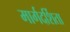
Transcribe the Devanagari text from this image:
मार्गदर्शिता